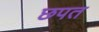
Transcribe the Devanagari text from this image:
छपत